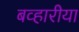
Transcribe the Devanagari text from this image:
बव्हारीया